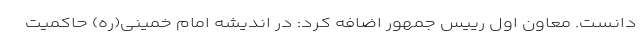
دانست. معاون اول رییس جمهور اضافه کرد: در اندیشه امام خمینی(ره) حاکمیت